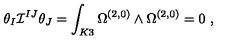
\theta _ { I } { \cal I } ^ { I J } \theta _ { J } = \int _ { K 3 } \Omega ^ { ( 2 , 0 ) } \wedge \Omega ^ { ( 2 , 0 ) } = 0 \ ,